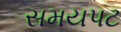
સમયપટ